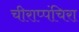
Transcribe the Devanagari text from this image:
चीराप्पंचिरा